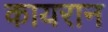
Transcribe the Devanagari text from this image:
कायरान